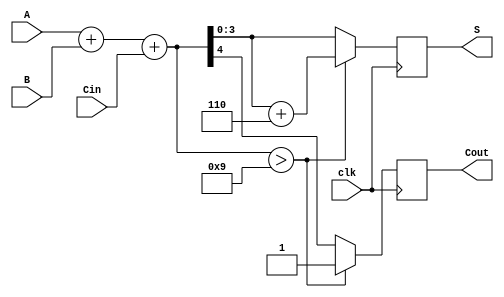
module BCD_Synchronous_Adder (
    input wire [3:0] A,      // First BCD digit
    input wire [3:0] B,      // Second BCD digit
    input wire clk,          // Clock signal
    input wire Cin,          // Carry-in
    output reg [3:0] S,      // BCD output
    output reg Cout          // Carry-out
);

    reg [4:0] Sum;           // 5-bit sum to hold the result of A + B + Cin

    always @(posedge clk) begin
        // Perform binary addition
        Sum = A + B + Cin;

        // Check for BCD correction
        if (Sum > 9) begin
            S = Sum + 5'b00110; // Add 6 (0110 in binary) if the sum exceeds 9
            Cout = 1;           // Set carry-out if correction is needed
        end else begin
            S = Sum[3:0];       // Assign lower 4 bits as the result
            Cout = Sum[4];      // Carry-out is the 5th bit
        end
    end

endmodule